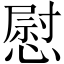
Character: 慰